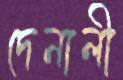
দেনালী